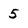
Character: 5